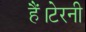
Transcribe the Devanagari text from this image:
हैं।टेरनी